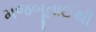
મજબૂતાઈથી